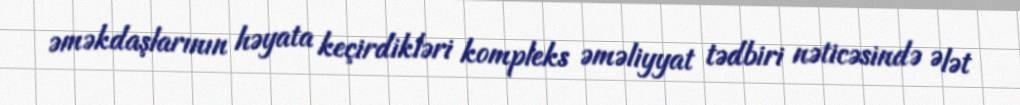
əməkdaşlarının həyata keçirdikləri kompleks əməliyyat tədbiri nəticəsində Ələt